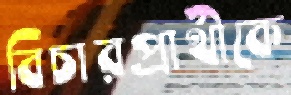
বিচারপ্রার্থীকে